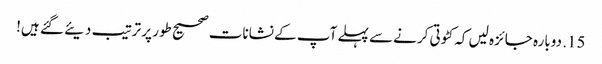
15. دوبارہ جائزہ لیں کہ کٹوتی کرنے سے پہلے آپ کے نشانات صحیح طور پر ترتیب دیئے گئے ہیں!